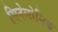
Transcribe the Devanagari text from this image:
सिनेलोगिक